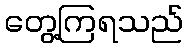
တွေ့ကြရသည်